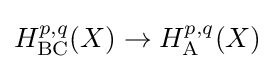
H_{\mathrm {BC} }^{p,q}(X)\rightarrow H_{\mathrm {A} }^{p,q}(X)